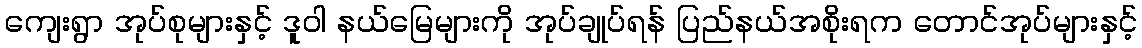
ကျေးရွာ အုပ်စုများနှင့် ဒူဝါ နယ်မြေများကို အုပ်ချုပ်ရန် ပြည်နယ်အစိုးရက တောင်အုပ်များနှင့်